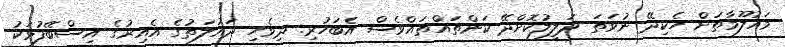
މައުލޫމާތަށް ހެކިދޭ ނުވަތަ ދަލީލުކޮށްދޭ ކަންތައްތައްވެސް އެބަހުރި. ދިވެހި ދައުލަތުގެ އެއިރުގެ އިސްބޭފުޅަކު